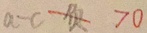
a - c 负 > 0